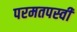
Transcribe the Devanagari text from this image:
परमतपस्वी